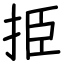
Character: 挋